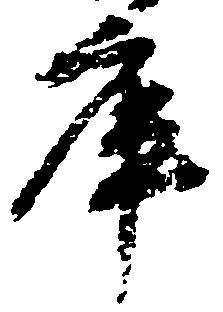
庫